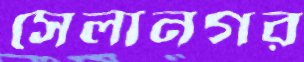
সেলানগর